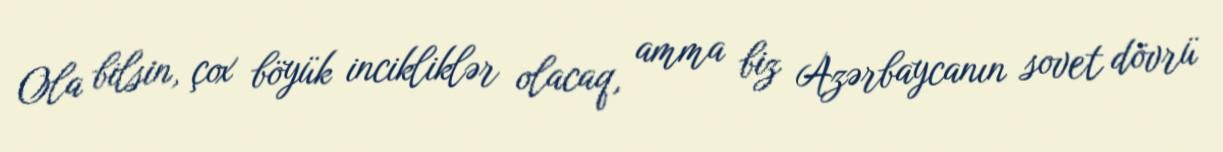
Ola bilsin, çox böyük incikliklər olacaq, amma biz Azərbaycanın sovet dövrü